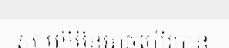
ស្លាបខ្លីមិនអាចហើរបាន